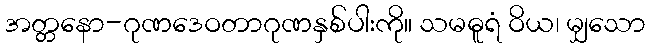
အတ္တနော-ဂုဏဒေဝတာဂုဏနှစ်ပါးကို။ သမဓူရံ ဝိယ၊ မျှသော